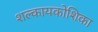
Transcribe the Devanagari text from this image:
शल्कायकोशिका